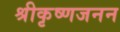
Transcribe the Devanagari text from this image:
श्रीकृष्णजनन